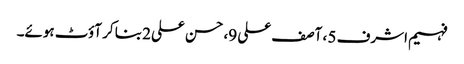
فہیم اشرف 5 ، آصف علی 9، حسن علی2 بنا کر آؤٹ ہوئے۔